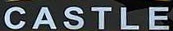
CASTLE